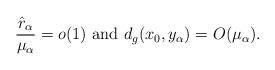
LaTeX: \begin{align*}\frac{\hat{r}_\alpha}{\mu_\alpha} = o(1) \ {\rm and} \ d_g(x_0, y_\alpha) = O(\mu_\alpha).\end{align*}